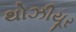
થોઝીયૂર